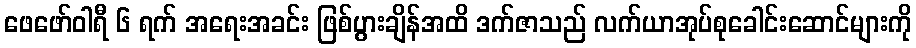
ဖေဖော်ဝါရီ ၆ ရက် အရေးအခင်း ဖြစ်ပွားချိန်အထိ ဒက်ဇာသည် လက်ယာအုပ်စုခေါင်းဆောင်များကို